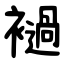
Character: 䙤